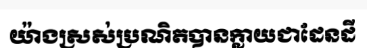
យ៉ាងស្រស់ប្រណិតបានក្លាយជាដែនដី